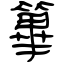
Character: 篳